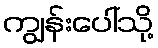
ကျွန်းပေါ်သို့